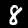
Label: 8